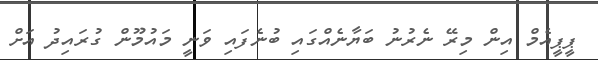
ޕީޕީއެމް އިން މިރޭ ނެރުނު ބަޔާނެއްގައި ބުނެފައި ވަނީ މައުމޫން ގުރައިދު އަށް